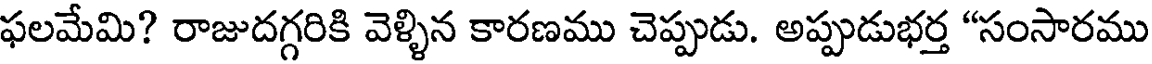
ఫలమేమి? రాజుదగ్గరికి వెళ్ళిన కారణము చెప్పుడు. అప్పుడుభర్త "సంసారము